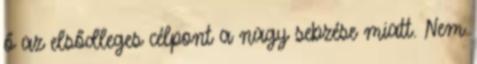
ő az elsődleges célpont a nagy sebzése miatt. Nem